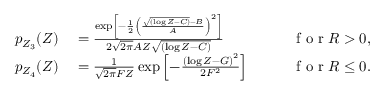
\begin{array} { r l r } { p _ { Z _ { 3 } } ( Z ) } & { { } = \frac { \exp \left[ - \frac { 1 } { 2 } \left( \frac { \sqrt { ( \log Z - C ) } - B } { A } \right) ^ { 2 } \right] } { 2 \sqrt { 2 \pi } A Z \sqrt { ( \log Z - C ) } } \qquad } & { \mathrm { ~ f ~ o ~ r ~ } R > 0 , } \\ { p _ { Z _ { 4 } } ( Z ) } & { { } = \frac { 1 } { \sqrt { 2 \pi } F Z } \exp \left[ - \frac { \left( \log Z - G \right) ^ { 2 } } { 2 F ^ { 2 } } \right] \qquad } & { \mathrm { ~ f ~ o ~ r ~ } R \leq 0 . } \end{array}